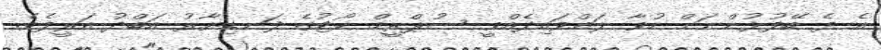
އެ ދެ ބޭފުޅުންނަށް ހުވާ ލައްވައިދެއްވީ ސުޕްރީމް ކޯޓުގެ ފަނޑިޔާރު އަބްދު އަރީފެވެ.